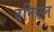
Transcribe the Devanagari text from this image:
दनिएल